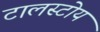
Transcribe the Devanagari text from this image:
टालस्टोय